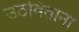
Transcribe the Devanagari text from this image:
उठविताना